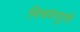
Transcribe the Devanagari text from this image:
मिचकावुनी